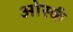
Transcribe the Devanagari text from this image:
ओर्स्क